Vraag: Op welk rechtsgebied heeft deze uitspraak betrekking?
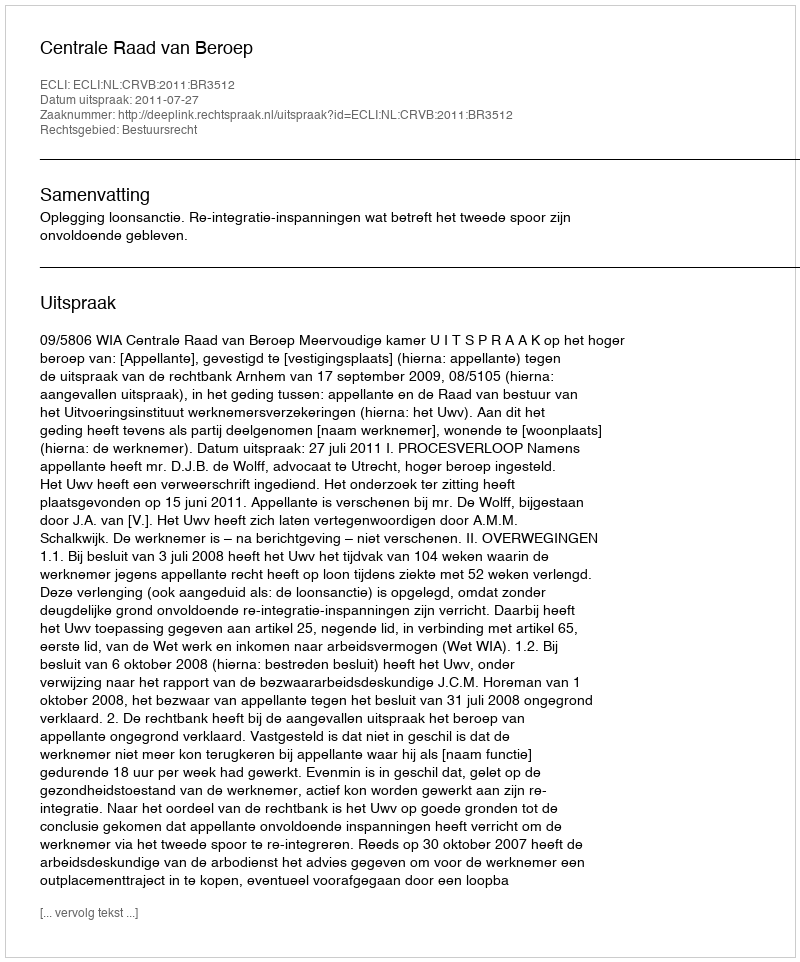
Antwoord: Bestuursrecht